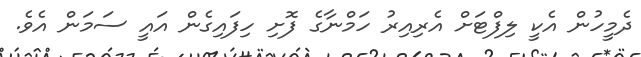
ދެމީހުން އެކީ ލިފްޓަށް އެރިއިރު ހަމްނާގެ ފޮށި ހިފައިގެން އައީ ސަމަން އެވެ.